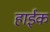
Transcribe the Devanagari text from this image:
हाईक